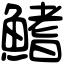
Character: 鰭